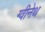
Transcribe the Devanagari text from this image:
ग्वीनेथ